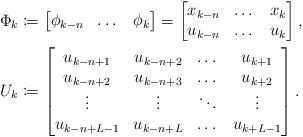
LaTeX: \begin{align*}\Phi_k&\coloneqq\begin{bmatrix}\phi_{k-n}&\dots&\phi_k\end{bmatrix}=\begin{bmatrix}x_{k-n}&\dots&x_k\\u_{k-n}&\dots&u_k\end{bmatrix},\\U_k&\coloneqq \begin{bmatrix}u_{k-n+1}&u_{k-n+2}&\dots&u_{k+1}\\u_{k-n+2}&u_{k-n+3}&\dots&u_{k+2}\\\vdots&\vdots&\ddots&\vdots\\u_{k-n+L-1}&u_{k-n+L}&\dots&u_{k+L-1}\end{bmatrix}.\end{align*}